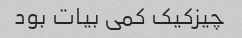
چیزکیک کمی بیات بود